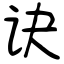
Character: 诀